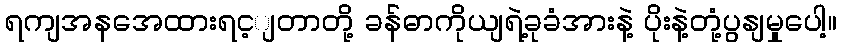
ရကျအနအေထားရင့ျတာတို့ ခန်ဓာကိုယျရဲ့ခုခံအားနဲ့ ပိုးနဲ့တုံ့ပွနျမှုပေါ့။